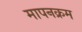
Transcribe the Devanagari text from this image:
मापनक्रम